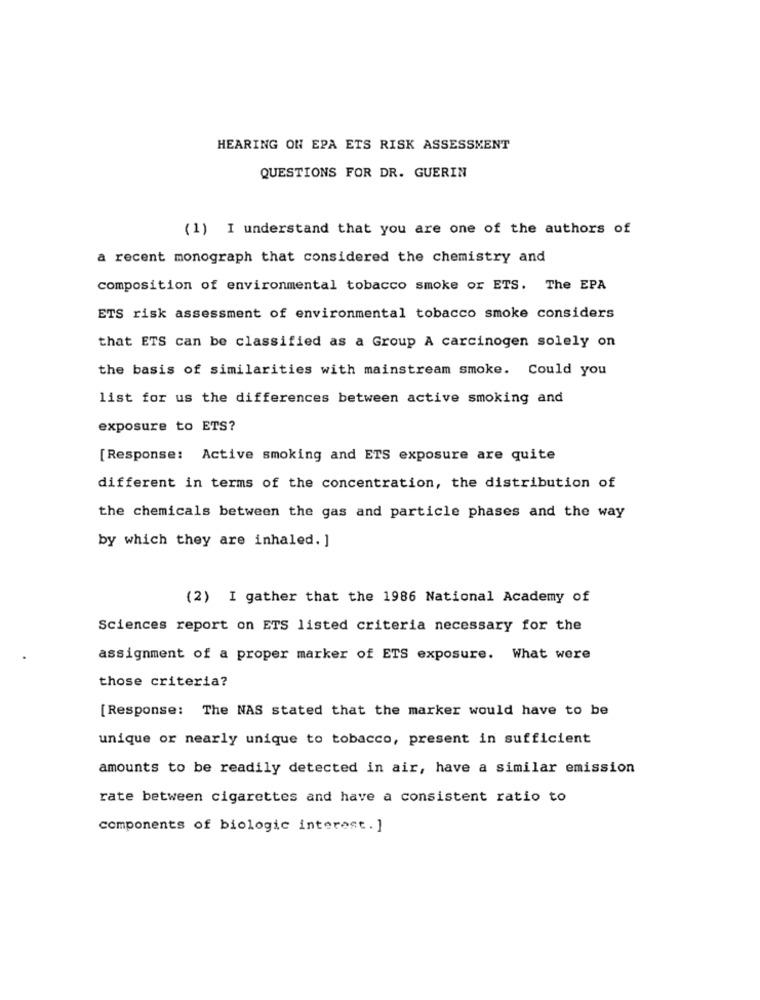
HEARING ON EPA ETS RISK ASSESSMENT
QUESTIONS FOR DR. GUERIN
(1) I understand that you are one of the authors of
a recent monograph that considered the chemistry and
composition of environmental tobacco smoke or ETS. The EPA
ETS risk assessment of environmental tobacco smoke considers
that ETS can be classified as a Group A carcinogen solely on
the basis of similarities with mainstream smoke. Could you
list for us the differences between active smoking and
exposure to ETS?
[Response: Active smoking and ETS exposure are quite
different in terms of the concentration, the distribution of
the chemicals between the gas and particle phases and the way
by which they are inhaled. ]
(2) I gather that the 1986 National Academy of
Sciences report on ETS listed criteria necessary for the
assignment of a proper marker of ETS exposure. What were
those criteria?
[Response: The NAS stated that the marker would have to be
unique or nearly unique to tobacco, present in sufficient
amounts to be readily detected in air, have a similar emission
rate between cigarettes and have a consistent ratio to
components of biologic interest . ]